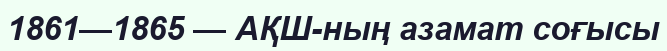
1861—1865 — АҚШ-ның азамат соғысы